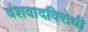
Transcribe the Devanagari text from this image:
वंशवादविरोधी